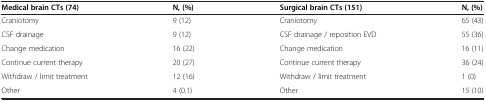
<table><thead><tr><td><b>Medical brain CTs (74)</b></td><td><b>N, (%)</b></td><td><b>Surgical brain CTs (151)</b></td><td><b>N, (%)</b></td></tr></thead><tbody><tr><td>Craniotomy</td><td>9 (12)</td><td>Craniotomy</td><td>65 (43)</td></tr><tr><td>CSF drainage</td><td>9 (12)</td><td>CSF drainage / reposition EVD</td><td>55 (36)</td></tr><tr><td>Change medication</td><td>16 (22)</td><td>Change medication</td><td>16 (11)</td></tr><tr><td>Continue current therapy</td><td>20 (27)</td><td>Continue current therapy</td><td>36 (24)</td></tr><tr><td>Withdraw / limit treatment</td><td>12 (16)</td><td>Withdraw / limit treatment</td><td>1 (0)</td></tr><tr><td>Other</td><td>4 (0.1)</td><td>Other</td><td>15 (10)</td></tr></tbody></table>